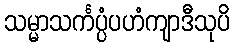
သမ္မာသင်္ကပ္ပံပဟံကျာဒီသုပိ